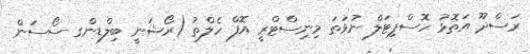
ރަސްދޫ އަތޮޅު ހޮސްޕިޓަލް ނުވަތަ މިނިސްޓްރީ އޮފް ހެލްތު (ރޯޝަނީ ބިލްޑިންގ ސޯސަން